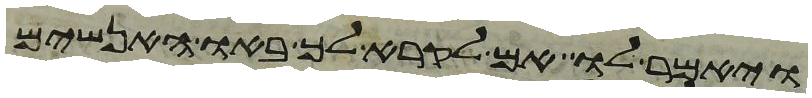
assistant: ויאמר לו אם לקרא לך באו האנשים